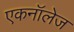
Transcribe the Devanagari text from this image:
एकनॉलेज